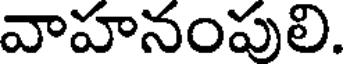
వాహనంపులి.